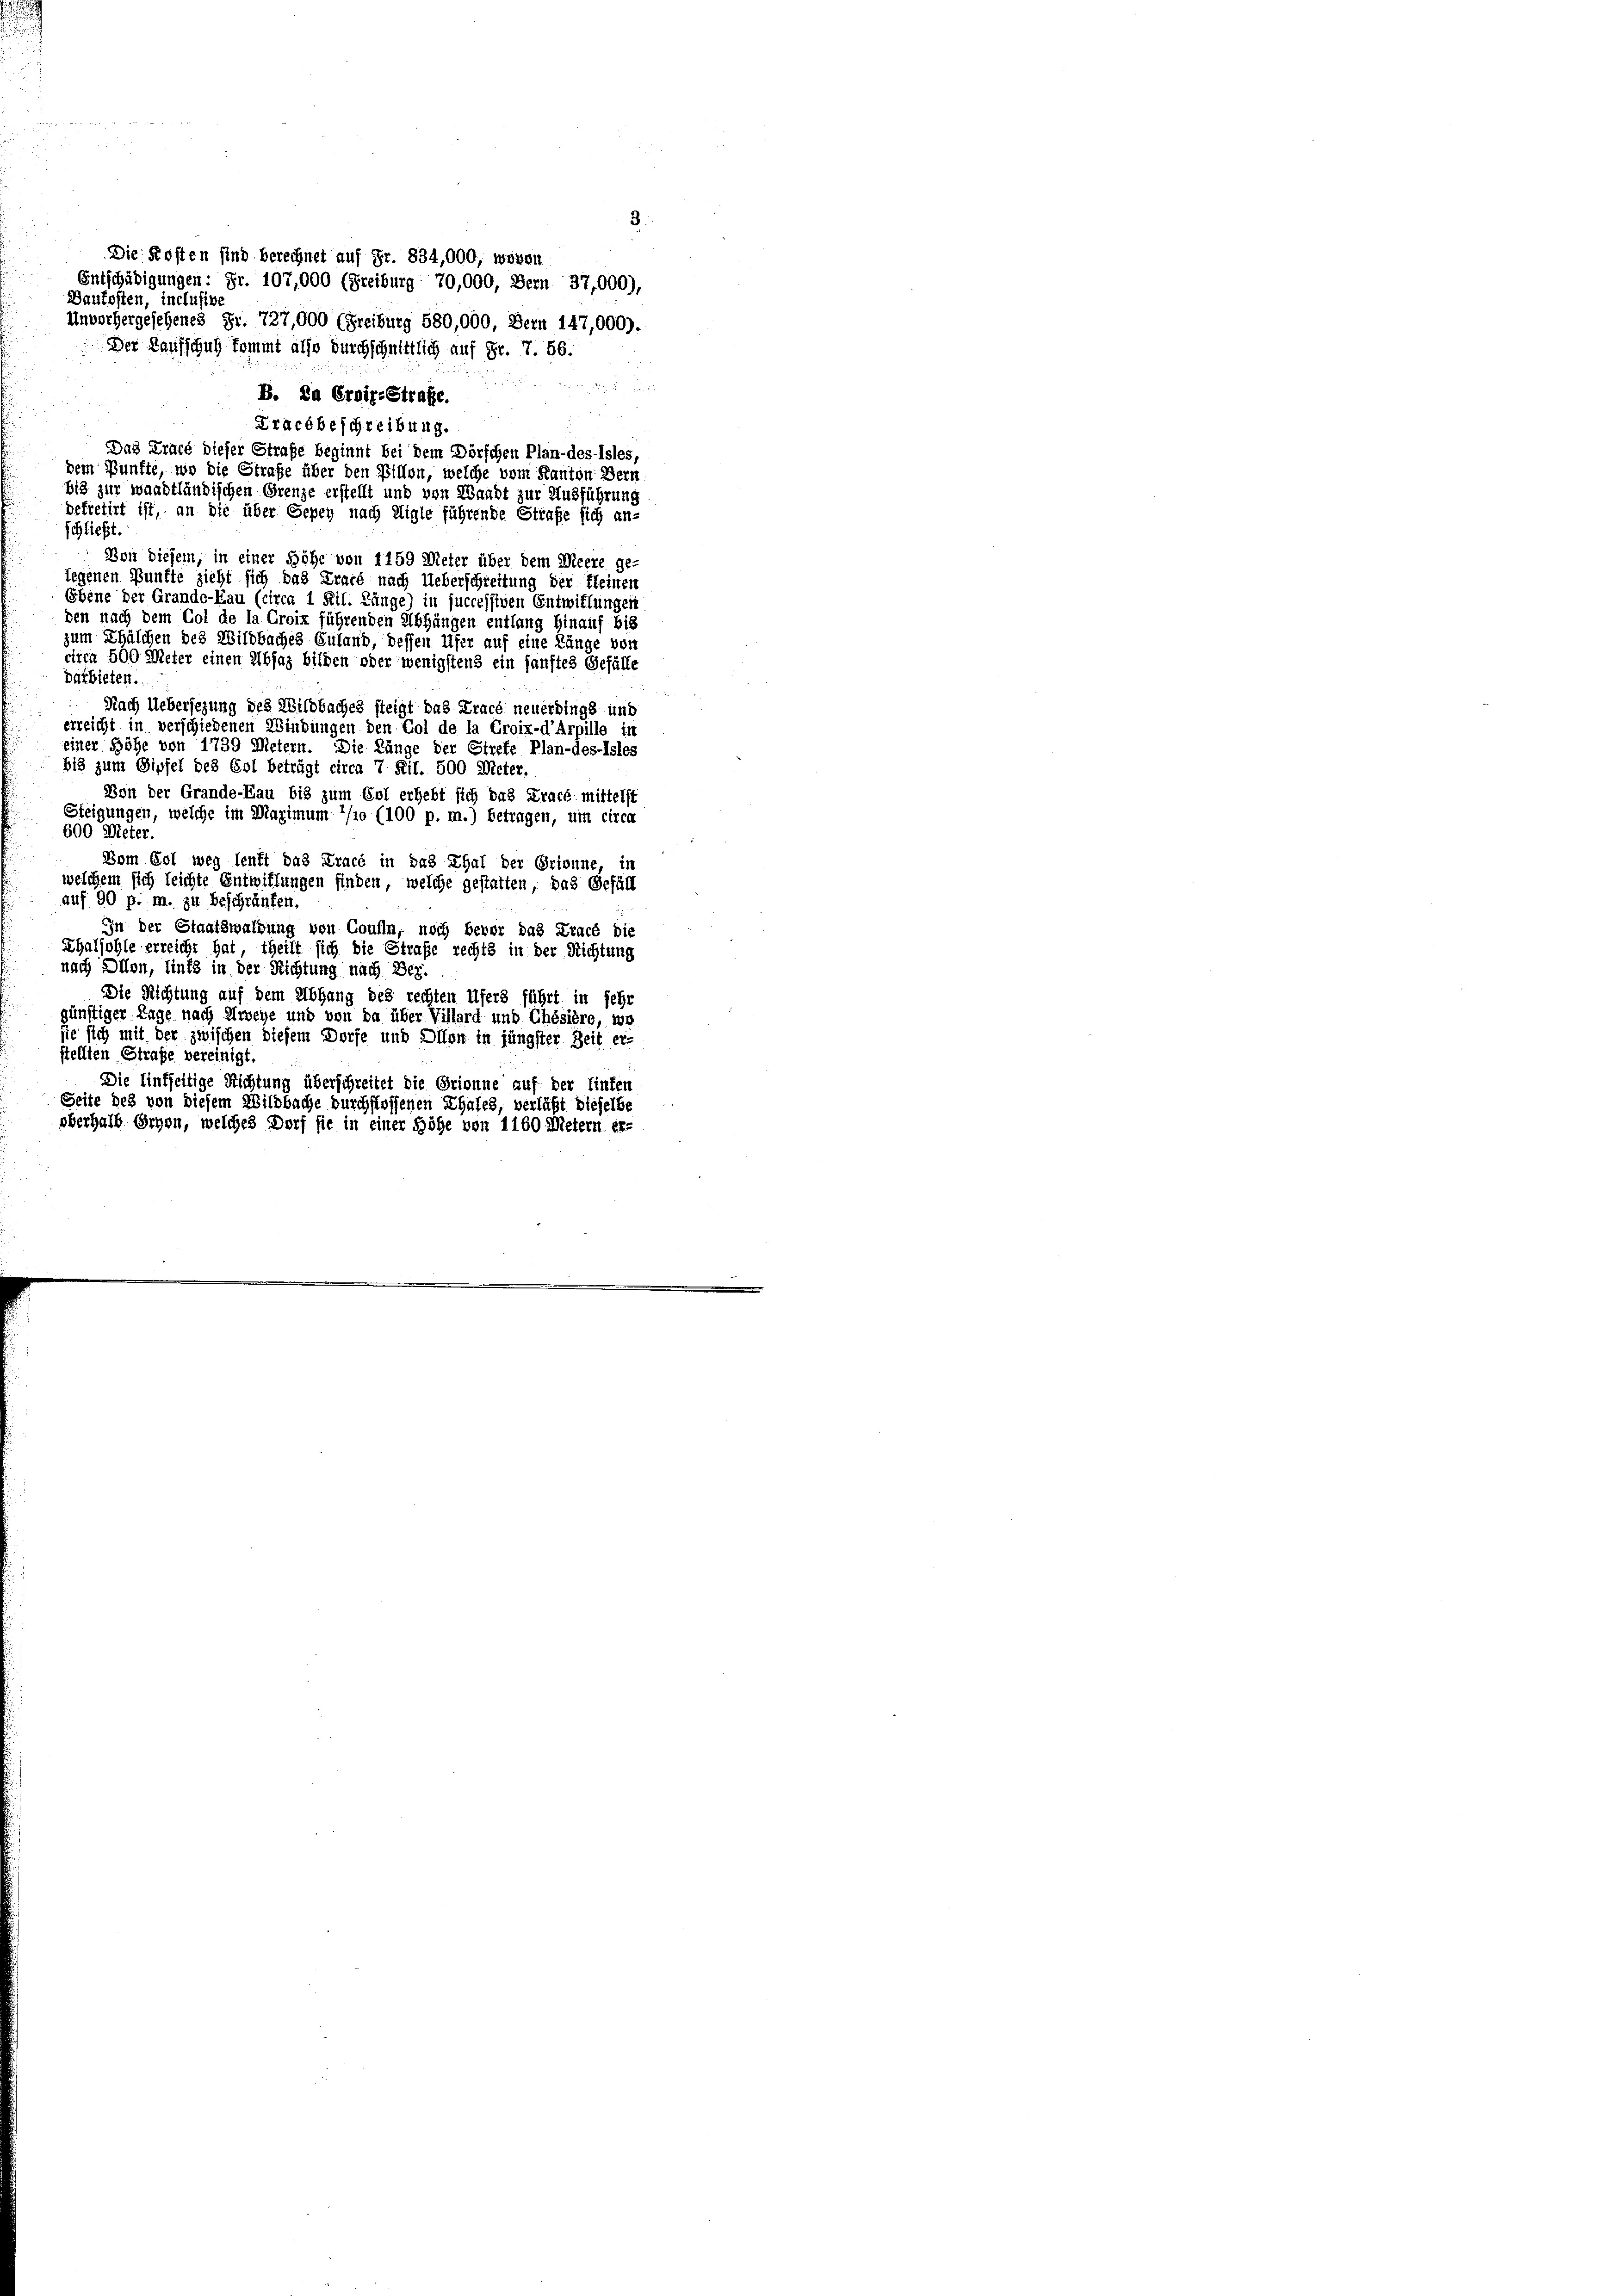
S 17 x
B. Da Eroiz-Strafe.
Tracébeschreibung.
Das Tracé dieser Strafe beginnt bei dem Dörfchen Plan- des Isles,
dem Künfte, wo die Strafe über den Willen, welche vom Kanton Bern
bis zur waadtländischen Grenze erstellt und von Waadt zur Ausführung
dekretirt ist, an die über Gepey nach Aigle führende Strafe sich an-
schließt.
Von diesem, in einer Höhe von 1159 Meter über dem Meere ge-
legenen Bünfte zieht sich das Tracé nach Ueberschreitung der Kleinen
Ebene der Grande-Kau (circa 1 Kil. Länge) in successiven Entwiflungen
den nach dem Col de la Croix führenden Abhängen entlang hinauf bis
zum Thälchen des Wildbaches Euland, dessen Ufer auf eine Länge von
circa 500 Meter einen Absaz bilden oder wenigstens ein sanftes Gefälle
darbieten.
Nach Uebersezung des Wildbaches steigt das Tracé neuerdings und
erreicht in verschiedenen Windungen den Gol de la Croix-d’Arpille in
einer Höhe von 1739 Metern. Die Länge der Strefe Plan-des-Isles
bis zum Gipfel des Col beträgt circa 7 Rit. 500 Meter.
Von der Grande-Cau bis zum Col erhebt sich das Cracé mittelst
Steigungen, welche im Maximum 1/10 (100 p. m.) betragen, um circa
600 Meter.
Dom Col weg leuft das Tracé in das Thal der Orienne, in
welchem sich leichte Entwiflungen finden, welche gestatten, das Gefäll
auf 90 p. m. zu beschränken,
In der Staatswaldung von Coulle, noch bevor das Tracé die
Ehaljohle erreicht hat, theilt sich die Strafe rechts in der Richtung
nach Dion, liefs in der Richtung nach Dez.
Die Richtung auf dem Abhang des rechten Ufers führt in sehr
günstiger Lage nach Dreye und von da über Villard und Chésière, wo
sie sich mit der zwischen diesem Dorfe und Dion in jüngster Zeit er-
stellten Strafe vereinigt.
Die linkseitige Richtung überschreitet die Orienne auf der Hinten
Seite des von diesem Wildbache durchflossenen Thales, verläßt dieselbe
oberhalb Ernen, welches Dorf sie in einer Höhe von 1160 Metern er-

Die Kosten sind berechnet auf Fr. 834,000, wesen
Entschädigungen: Fr. 107,000 (Freiburg 70,000, Bern 37,000),
Daufosten, inclusive
Unvorhergesehenes Fr. 727,000 (Freiburg 580,000, Bern 147,000).
Der Kaufschul kommt also durchschnittlich auf Fr. 7. 56.

10